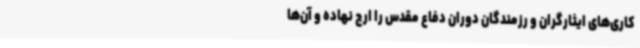
کاری‌های ایثارگران و رزمندگان دوران دفاع مقدس را ارج نهاده و آن‌ها